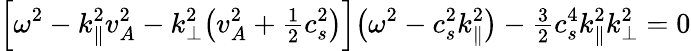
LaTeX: \Big[\omega^{2}-k_{\| }^{2}v_{A}^{2}-k_{\perp}^{2}\big(v_{A}^{2}+{\textstyle\frac{1}{2}}c_{s}^{2}\big)\Big]\big(\omega^{2}-c_{s}^{2}k_{\| }^{2}\big)-{\textstyle\frac{3}{2}}c_{s}^{4}k_{\| }^{2}k_{\perp}^{2}=0